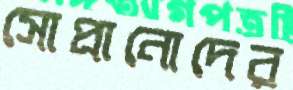
সোপ্রানোদের